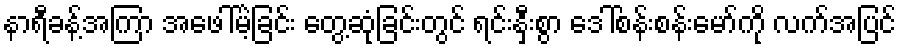
နာရီခန့်အကြာ အဖေါ်မဲ့ခြင်း တွေ့ဆုံခြင်းတွင် ရင်းနှီးစွာ ဒေါ်စန်းစန်းမော်ကို လက်အပြင်